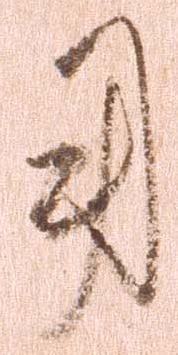
用